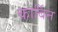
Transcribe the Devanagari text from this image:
कार्बिन